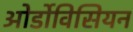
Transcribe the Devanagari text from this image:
ओर्डोविसियन